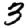
Digit: 3